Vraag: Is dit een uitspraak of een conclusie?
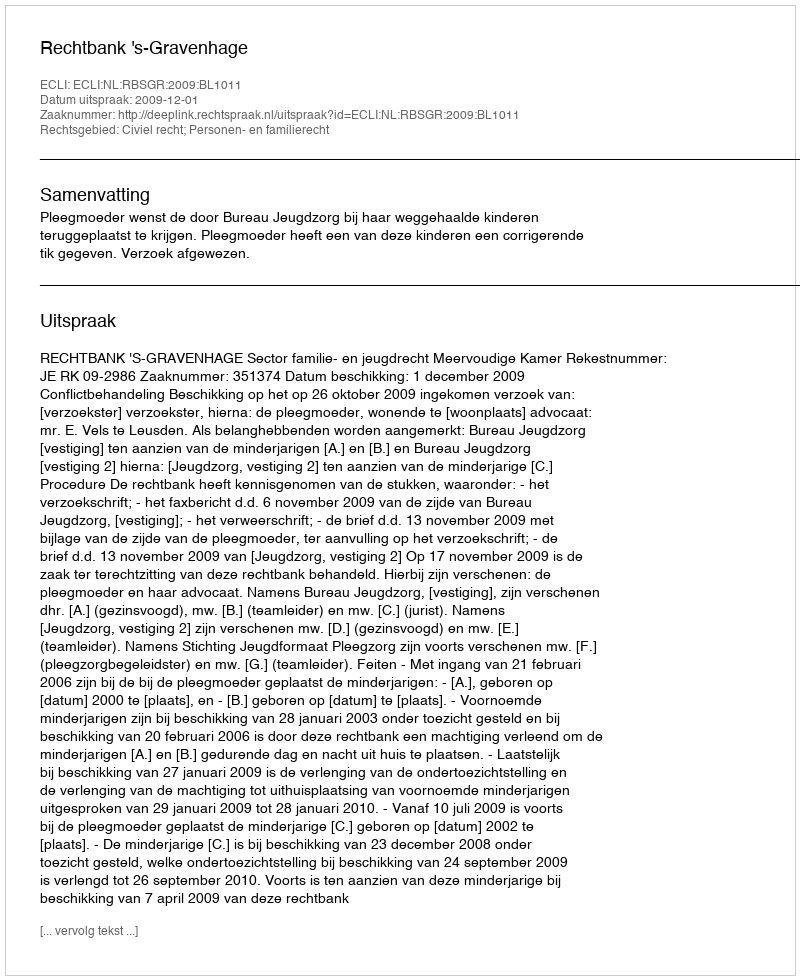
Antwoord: Uitspraak